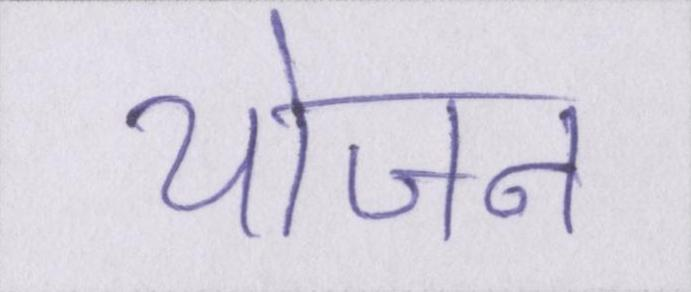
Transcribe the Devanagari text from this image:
योजन